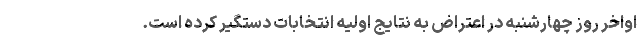
اواخر روز چهارشنبه در اعتراض به نتایج اولیه انتخابات دستگیر کرده است.